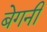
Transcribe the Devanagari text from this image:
बेगनी